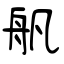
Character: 舤